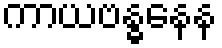
ကာယဗန္ဓနေန